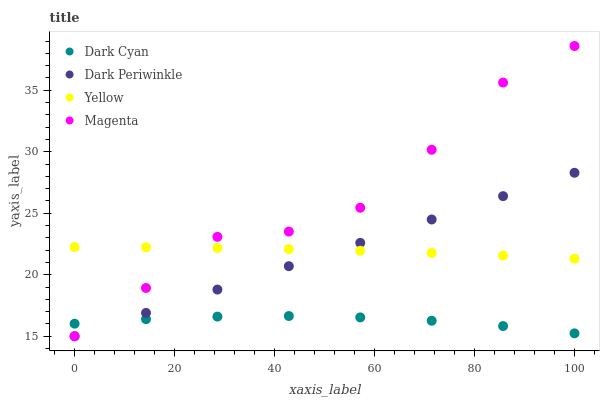
| xaxis_label | Dark Cyan | Dark Periwinkle | Yellow | Magenta |
 | --- | --- | --- | --- | --- |
 | 0 | 16 | 15 | 22.2 | 15 |
 | 14.3 | 16.4 | 16.9 | 22.2 | 18.9 |
 | 28.6 | 16.6 | 18.8 | 22.2 | 23.1 |
 | 42.9 | 16.6 | 20.7 | 22.1 | 23.5 |
 | 57.1 | 16.5 | 22.6 | 22 | 25.4 |
 | 71.4 | 16.3 | 24.5 | 21.8 | 30.2 |
 | 85.7 | 15.8 | 26.4 | 21.6 | 35.6 |
 | 100 | 15.2 | 28.3 | 21.3 | 38.6 |